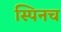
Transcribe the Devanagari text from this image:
स्पिनच